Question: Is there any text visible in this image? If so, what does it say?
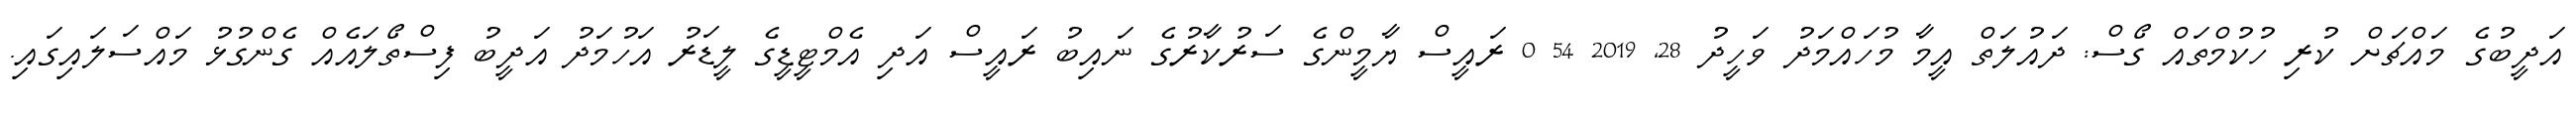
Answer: އަދީބުގެ މައްޗަށް ކުރި ހުކުމްތައް ގޯސް: ދައުލަތް އީމާ މުހައްމަދު ވަހީދު 28, 2019 54 0 ރައީސް ޔާމީންގެ ސަރުކާރުގެ ނައިބު ރައީސް އަދި އެމްޓީޑީގެ ލީޑަރު އަހުމަދު އަދީބު ފިސްތޯލައެއް ގެންގުޅު މައްސަލައިގައި.